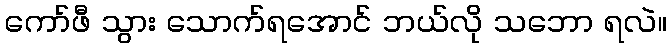
ကော်ဖီ သွား သောက်ရအောင် ဘယ်လို သဘော ရလဲ။